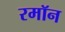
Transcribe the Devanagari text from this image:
रमॉन